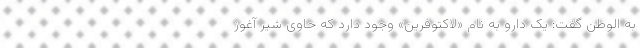
به الوطن گفت: یک دارو به نام «لاکتوفرین» وجود دارد که حاوی شیر آغوز